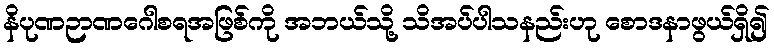
နိပုဏဉာဏဂေါစရအဖြစ်ကို အဘယ်သို့ သိအပ်ပါသနည်းဟု စောဒနာဖွယ်ရှိ၍